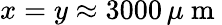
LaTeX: x=y\approx 3000\, \mu\mathrm{~m~}